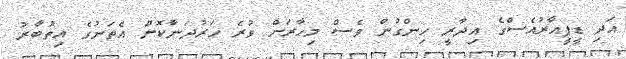
އަދި ޑީޕީއާރުއެސްގެ އިދާރީ ހިންގުން ވެސް މިހާރަށް ވުރެ ހަރުދަނާކޮށް އެތަނުގެ އިތުބާރު